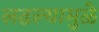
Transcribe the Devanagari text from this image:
लढल्यामुळे